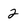
Character: 2